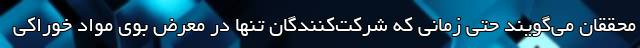
محققان می‌گویند حتی زمانی که شرکت‌کنندگان تنها در معرض بوی مواد خوراکی